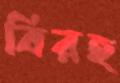
বিরহ